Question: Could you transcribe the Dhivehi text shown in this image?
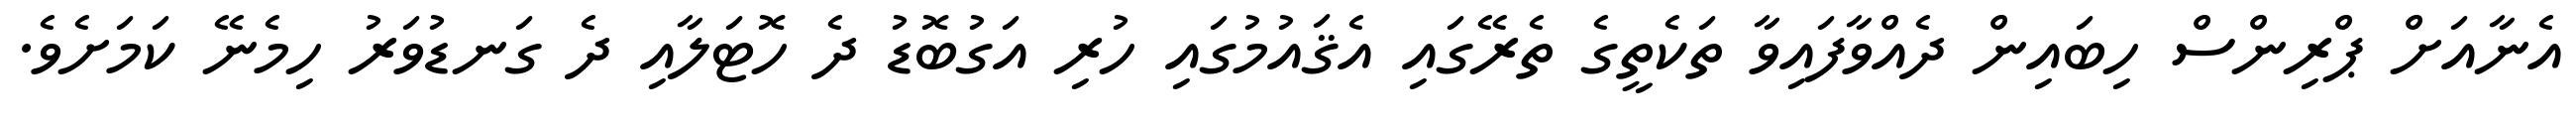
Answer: އެނާއަށް ޕްރިންސް ހިބައިން ދެއްވާފައިވާ ތަކެތީގެ ތެރޭގައި އެޤައުމުގައި ހުރި އަގުބޮޑު ދެ ހޮޓަލާއި ދެ ގަނޑުވަރު ހިމެނޭ ކަމަށެވެ.